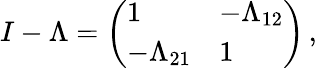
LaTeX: I-\Lambda=\left(\begin{array}{ll}{1}&{-\Lambda_{12}}\\ {-\Lambda_{21}}&{1}\end{array}\right)\, ,